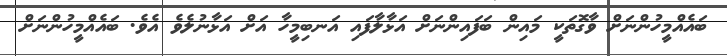
ބައެއްމީހުންނަށް ވާގޮތަކީ މައިން ބަފައިންނަށް އަޅާލާފައި އަނބިމީހާ އަށް އަޅާނުލެވެ އެވެ. ބައެއްމީހުންނަށް